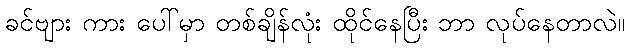
ခင်ဗျား ကား ပေါ်မှာ တစ်ချိန်လုံး ထိုင်နေပြီး ဘာ လုပ်နေတာလဲ။